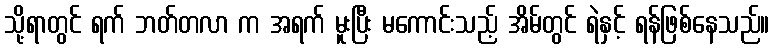
သို့ရာတွင် ရက် ဘတ်တလာ က အရက် မူးပြီး မကောင်းသည့် အိမ်တွင် ရဲနှင့် ရန်ဖြစ်နေသည်။